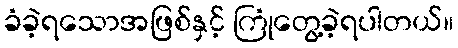
ခံခဲ့ရသောအဖြစ်နှင့် ကြုံတွေ့ခဲ့ရပါတယ်။